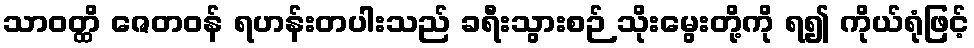
သာဝတ္ထိ ဇေတဝန် ရဟန်းတပါးသည် ခရီးသွားစဉ် သိုးမွေးတို့ကို ရ၍ ကိုယ်ရုံဖြင့်